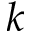
k